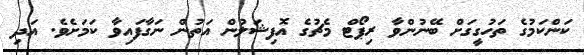
ކަންކަމުގެ ތަހުގީގަށް ބޭނުންވާ ރިޕޯޓް މެޗުގެ އޮފިޝަލުން އަތުން ނަގާފައިވާ ކަމަށެވެ. އަދި